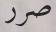
صرر